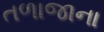
તળાજાના